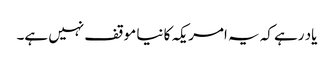
یاد رہے کہ یہ امریکہ کا نیا موقف نہیں ہے۔